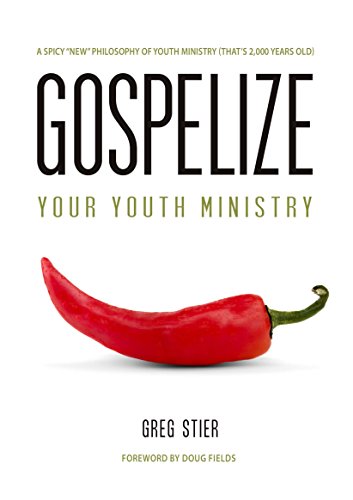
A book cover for Gospelize: A Spicy New Philosophy Of Youth Minisry (That's 2,000 Years Old); Greg Stier; Christian Books & Bibles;